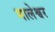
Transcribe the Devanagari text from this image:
मालेश्वर